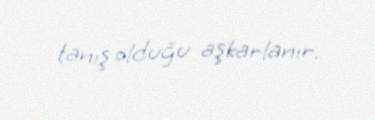
tanış olduğu aşkarlanır.